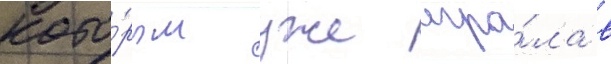
кото́рым уже игра́ла в